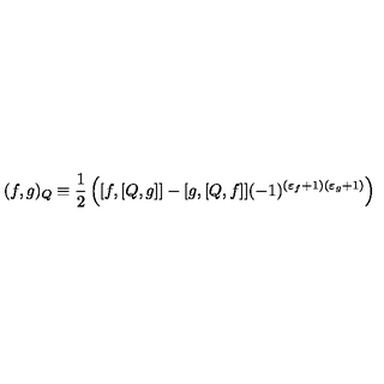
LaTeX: ( f , g ) _ { Q } \equiv \frac { 1 } { 2 } \left( [ f , [ Q , g ] ] - [ g , [ Q , f ] ] ( - 1 ) ^ { ( \varepsilon _ { f } + 1 ) ( \varepsilon _ { g } + 1 ) } \right)